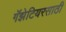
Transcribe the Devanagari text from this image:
गॅझेटियरसाठी